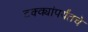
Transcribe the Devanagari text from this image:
टक्क्यांपर्यंतचे